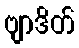
ဗျာဒိတ်